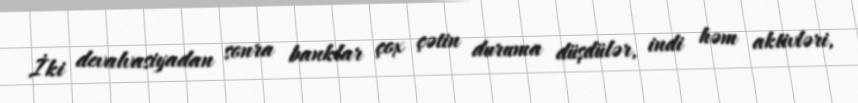
İki devalvasiyadan sonra banklar çox çətin duruma düşdülər, indi həm aktivləri,